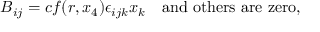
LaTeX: B _ { i j } = c f ( r , x _ { 4 } ) \epsilon _ { i j k } x _ { k } \quad \mathrm { a n d \ o t h e r s ~ a r e ~ z e r o } ,